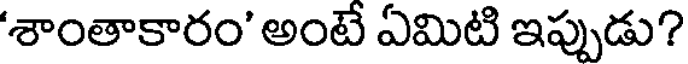
'శాంతాకారం' అంటే ఏమిటి ఇప్పుడు?